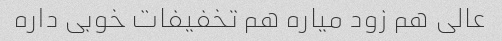
عالی هم زود میاره هم تخفیفات خوبی داره